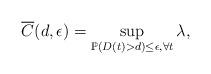
LaTeX: \begin{align*}\overline{C}{(d,\epsilon)} = \sup_{\mathbb{P}(D(t) > d) \le \epsilon, \forall t} \lambda,\end{align*}